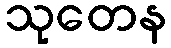
သုတေန